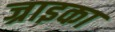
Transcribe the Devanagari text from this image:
ज्राइका